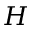
H